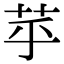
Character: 苸